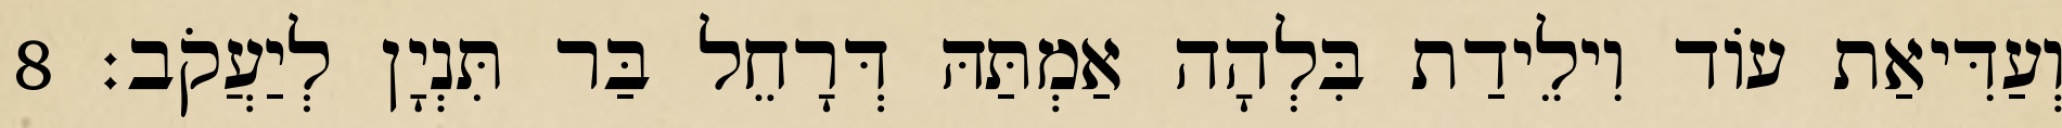
וְעַדִּיאַת עוֹד וִילֵידַת בִּלְהָה אַמְתַּהּ דְּרָחֵל בַּר תִּנְיָן לְיַעֲקֹב׃ 8